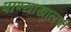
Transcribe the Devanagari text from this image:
पाण्याखालची